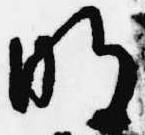
明